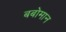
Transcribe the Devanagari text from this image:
बबोमान